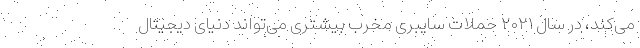
می‌کند، در سال ۲۰۲۱ حملات سایبری مخرب بیشتری می‌تواند دنیای دیجیتال